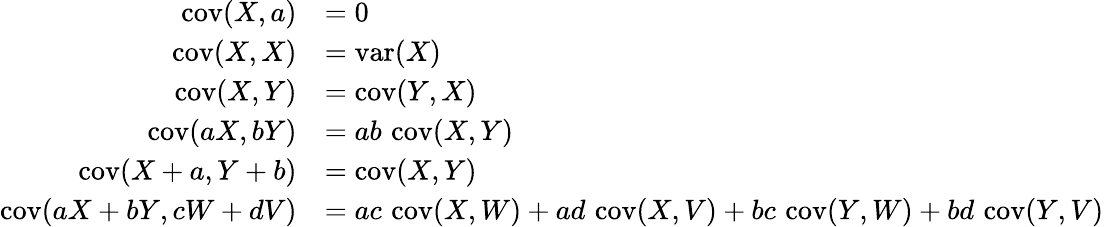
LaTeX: {\begin{array}{rl}{\operatorname{cov}(X,a)}&{=0}\\ {\operatorname{cov}(X,X)}&{=\operatorname{var}(X)}\\ {\operatorname{cov}(X,Y)}&{=\operatorname{cov}(Y,X)}\\ {\operatorname{cov}(aX,bY)}&{=ab\, \operatorname{cov}(X,Y)}\\ {\operatorname{cov}(X+a,Y+b)}&{=\operatorname{cov}(X,Y)}\\ {\operatorname{cov}(aX+bY,cW+dV)}&{=ac\, \operatorname{cov}(X,W)+ad\, \operatorname{cov}(X,V)+bc\, \operatorname{cov}(Y,W)+bd\, \operatorname{cov}(Y,V)}\end{array}}